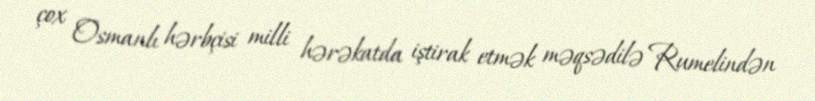
çox Osmanlı hərbçisi milli hərəkatda iştirak etmək məqsədilə Rumelindən